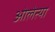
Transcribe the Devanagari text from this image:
ओलेत्या